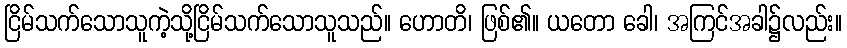
ငြိမ်သက်သောသူကဲ့သို့ငြိမ်သက်သောသူသည်။ ဟောတိ၊ ဖြစ်၏။ ယတော ခေါ၊ အကြင်အခါ၌လည်း။